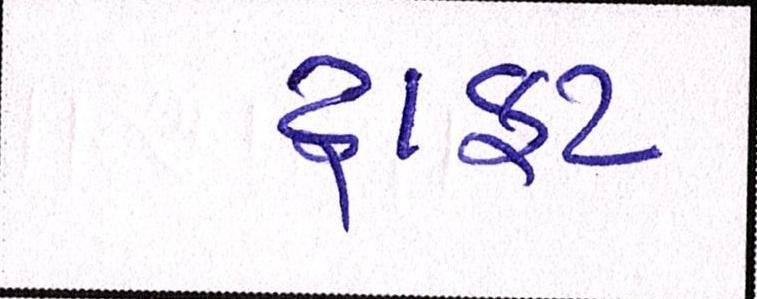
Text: ડ્રાફ્ટ